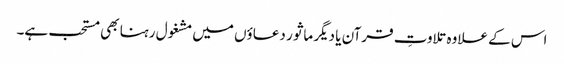
اس کے علاوہ تلاوتِ قرآن یا دیگر ماثور دعاؤں میں مشغول رہنا بھی مستحب ہے۔